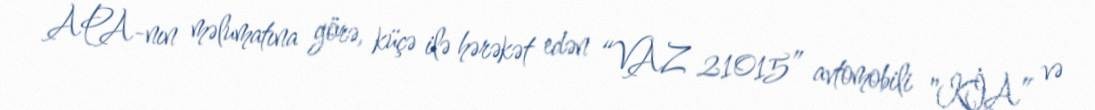
APA-nın məlumatına görə, küçə ilə hərəkət edən “VAZ 21015” avtomobili "KİA” və